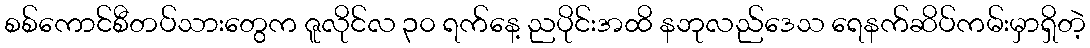
စစ်ကောင်စီတပ်သားတွေက ဇူလိုင်လ ၃၀ ရက်နေ့ ညပိုင်းအထိ နဘုလည်ဒေသ ရေနက်ဆိပ်ကမ်းမှာရှိတဲ့